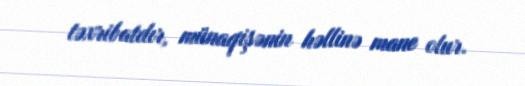
təxribatdır, münaqişənin həllinə mane olur.